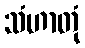
သံဟာတုံ